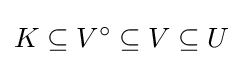
K\subseteq V^{\circ }\subseteq V\subseteq U